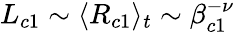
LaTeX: L_{c1}\sim\langle R_{c1}\rangle_{t}\sim\beta_{c1}^{-\nu}